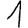
Digit: 1